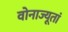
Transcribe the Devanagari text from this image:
वोनाज्यूतां